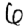
Digit: 6